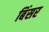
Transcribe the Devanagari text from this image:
बिंसर